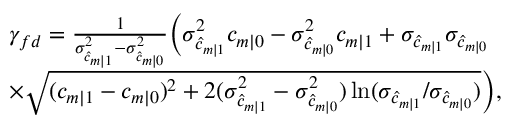
\begin{array} { r l } & { \gamma _ { f d } = \frac { 1 } { \sigma _ { \hat { c } _ { m | 1 } } ^ { 2 } - \sigma _ { \hat { c } _ { m | 0 } } ^ { 2 } } \bigg ( \sigma _ { \hat { c } _ { m | 1 } } ^ { 2 } c _ { m | 0 } - \sigma _ { \hat { c } _ { m | 0 } } ^ { 2 } c _ { m | 1 } + \sigma _ { \hat { c } _ { m | 1 } } \sigma _ { \hat { c } _ { m | 0 } } } \\ & { \times \sqrt { ( c _ { m | 1 } - c _ { m | 0 } ) ^ { 2 } + 2 ( \sigma _ { \hat { c } _ { m | 1 } } ^ { 2 } - \sigma _ { \hat { c } _ { m | 0 } } ^ { 2 } ) \ln ( \sigma _ { \hat { c } _ { m | 1 } } / \sigma _ { \hat { c } _ { m | 0 } } ) } \bigg ) , } \end{array}